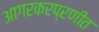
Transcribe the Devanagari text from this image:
आगरकरप्रणीत